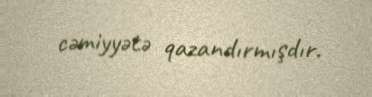
cəmiyyətə qazandırmışdır.